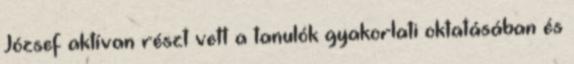
József aktívan részt vett a tanulók gyakorlati oktatásában és